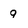
Character: q